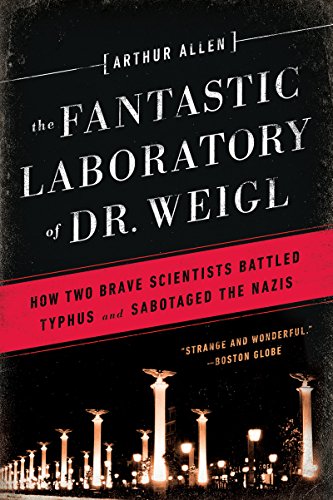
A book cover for The Fantastic Laboratory of Dr. Weigl: How Two Brave Scientists Battled Typhus and Sabotaged the Nazis; Arthur Allen; Medical Books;